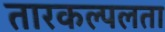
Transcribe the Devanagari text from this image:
तारकल्पलता